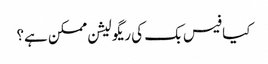
کیا فیس بک کی ریگولیشن ممکن ہے؟